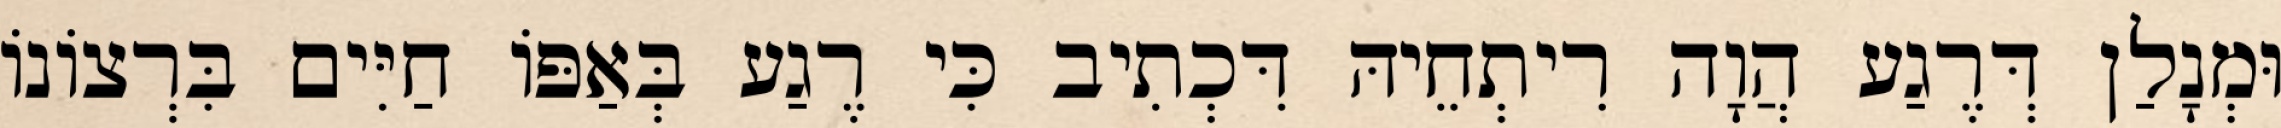
וּמְנָלַן דְּרֶגַע הֲוָה רִיתְחֵיהּ דִּכְתִיב כִּי רֶגַע בְּאַפּוֹ חַיִּים בִּרְצוֹנוֹ